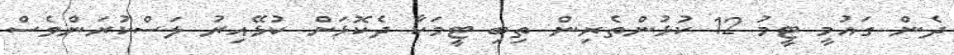
ދެން ގައުމީ ޓީމު 12 ކުޅުންތެރިން ތިބި ޓީމަކާ ދެކޮޅަށް ކުޅޭއިރު ލަސްކުރަންވެސް